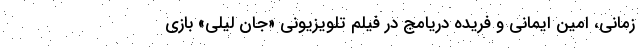
زمانی، امین ایمانی و فریده دریامج در فیلم تلویزیونی «جان لیلی» بازی